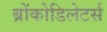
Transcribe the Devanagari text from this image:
ब्रोंकोडिलेटर्स